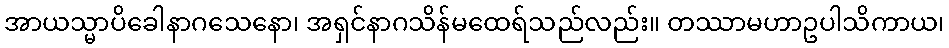
အာယသ္မာပိခေါနာဂသေနော၊ အရှင်နာဂသိန်မထေရ်သည်လည်း။ တဿာမဟာဥပါသိကာယ၊